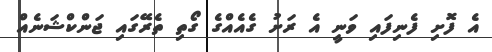
އެ ފޮށި ފެނިފައި ވަނީ އެ ރަށު ގެއެއްގެ ގޯތި ތެރޭގައި ޖަންކްޝަނެއް